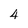
Character: 4